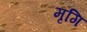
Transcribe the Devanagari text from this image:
मृगि